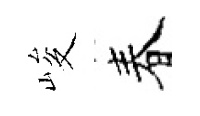
峻春